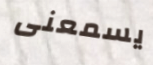
يسمعنى